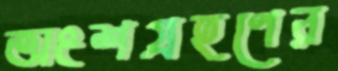
অংশগ্রহণের